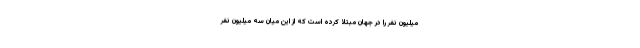
میلیون نفر را در جهان مبتلا کرده است که از این میان سه میلیون نفر